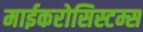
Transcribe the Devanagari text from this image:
माईकरोसिस्टम्स